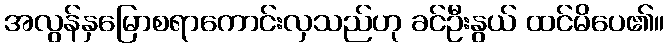
အလွန်နှမြောစရာကောင်းလှသည်ဟု ခင်ဦးနွယ် ထင်မိပေ၏။